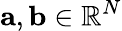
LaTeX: \mathbf{a},\mathbf{b}\in\mathbb{R}^{N}